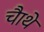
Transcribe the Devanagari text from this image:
चाैथे